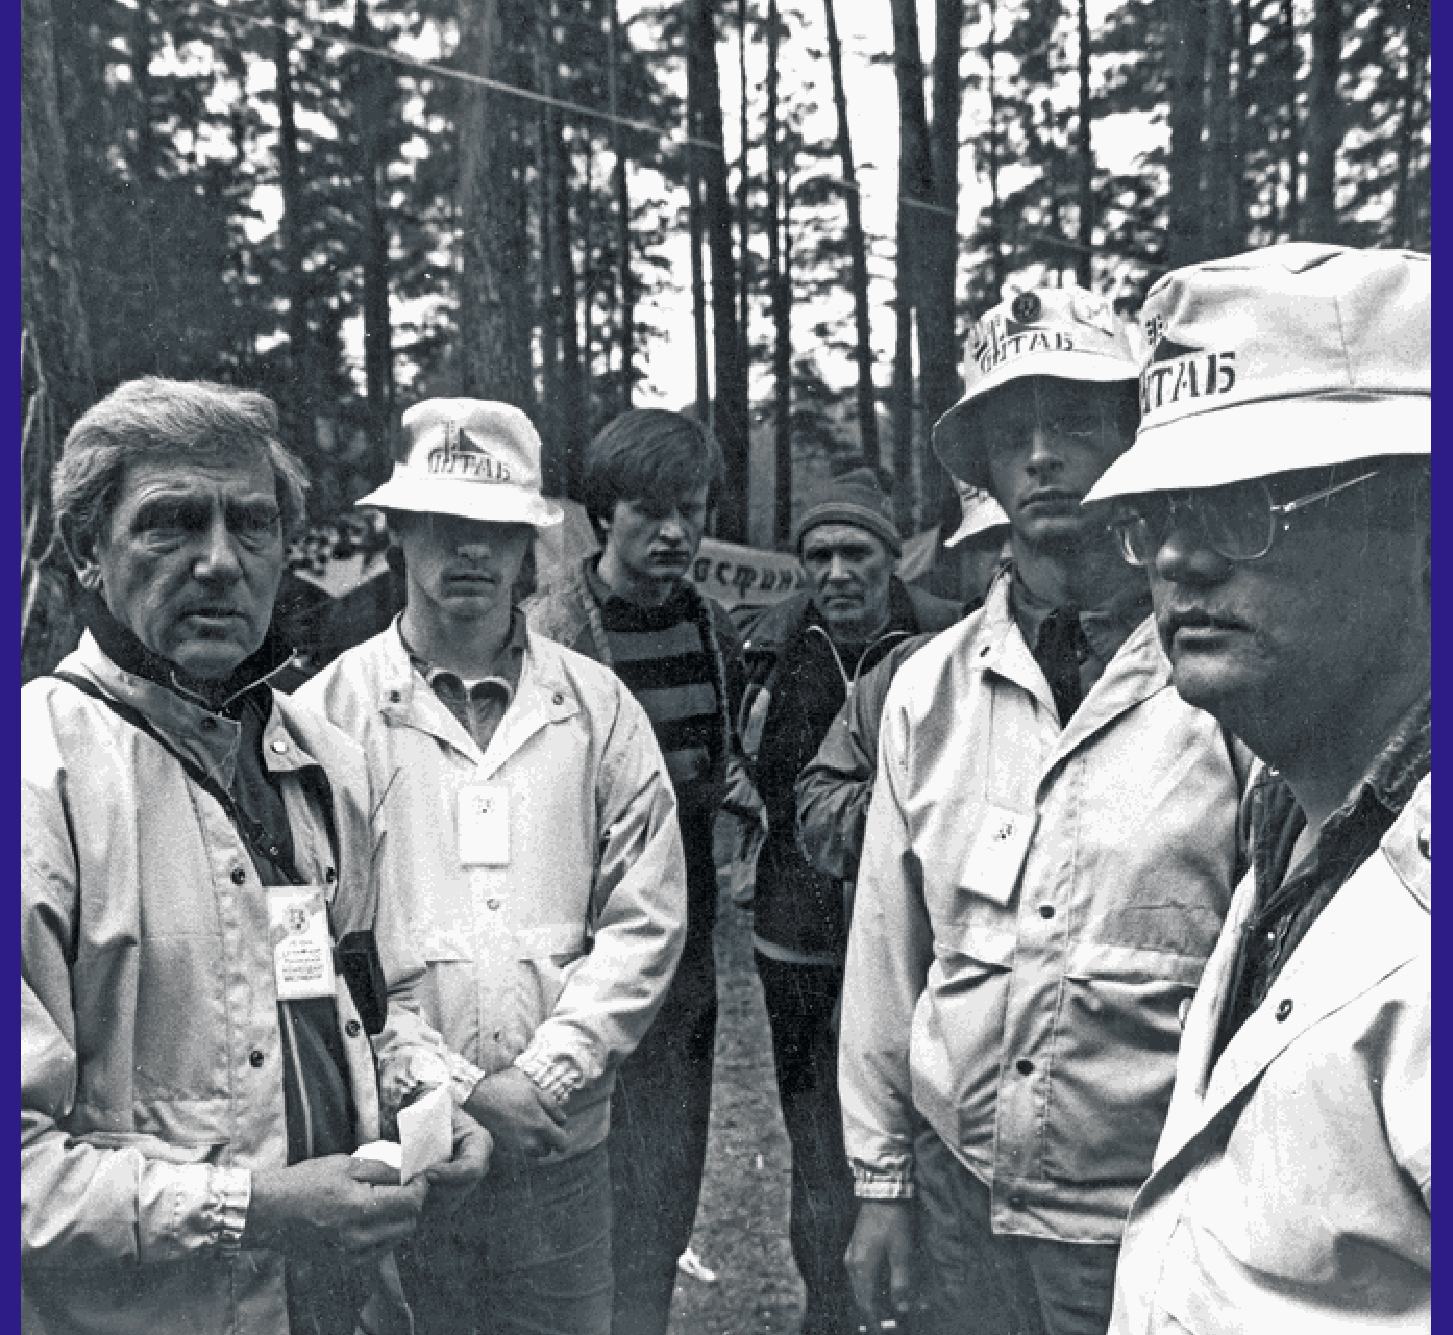
68                                                                                       69